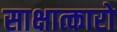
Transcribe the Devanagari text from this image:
साक्षात्कारो